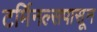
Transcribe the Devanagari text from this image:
टर्मिनल्सपासून